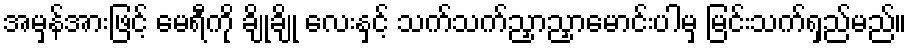
အမှန်အားဖြင့် မေရီကို ချိုချို လေးနှင့် သက်သက်ညှာညှာမောင်းပါမှ မြင်းသက်ရှည်မည်။